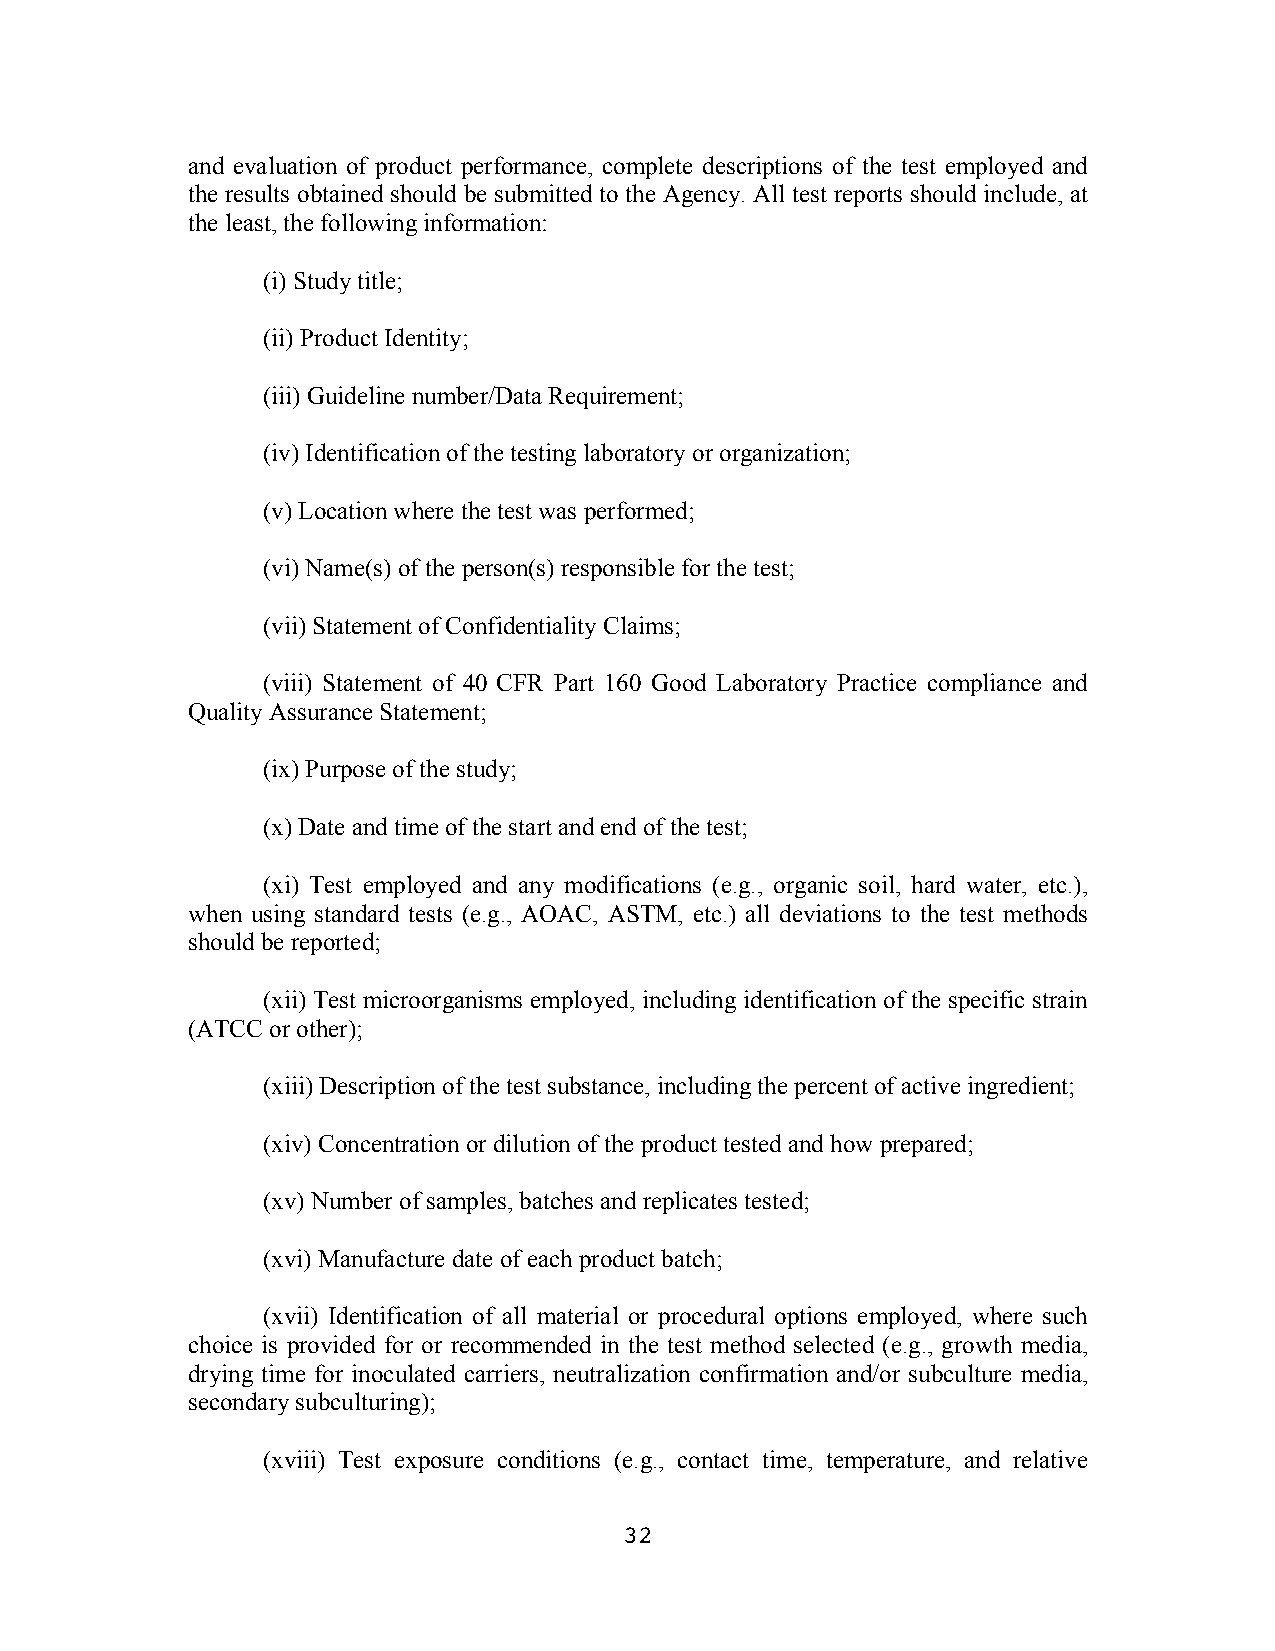
and evaluation of product performance, complete descriptions of the test employed and
 the results obtained should be submitted to the Agency. All test reports should include, at
 the least, the following information:
 (i) Study title;
 (ii) Product Identity;
 (iii) Guideline number/Data Requirement;
 (iv) Identification of the testing laboratory or organization;
 (v) Location where the test was performed;
 (vi) Name(s) of the person(s) responsible for the test;
 (vii) Statement of Confidentiality Claims;
 (viii) Statement of 40 CFR Part 160 Good Laboratory Practice compliance and
 Quality Assurance Statement;
 (ix) Purpose of the study;
 (x) Date and time of the start and end of the test;
 (xi) Test employed and any modifications (e.g., organic soil, hard water, etc.),
 when using standard tests (e.g., AOAC, ASTM, etc.) all deviations to the test methods
 should be reported;
 (xii) Test microorganisms employed, including identification of the specific strain
 (ATCC or other);
 (xiii) Description of the test substance, including the percent of active ingredient;
 (xiv) Concentration or dilution of the product tested and how prepared;
 (xv) Number of samples, batches and replicates tested;
 (xvi) Manufacture date of each product batch;
 (xvii) Identification of all material or procedural options employed, where such
 choice is provided for or recommended in the test method selected (e.g., growth media,
 drying time for inoculated carriers, neutralization confirmation and/or subculture media,
 secondary subculturing);
 (xviii) Test exposure conditions (e.g., contact time, temperature, and relative
 32